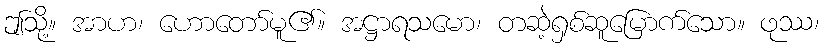
ဤသို့။ အာဟ၊ ဟောတော်မူ၏။ အဋ္ဌာရသမော၊ တဆဲ့ရှစ်ဆူမြောက်သော။ ဖုဿ၊